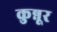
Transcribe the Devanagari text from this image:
कुन्नूर